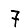
Digit: 7